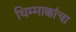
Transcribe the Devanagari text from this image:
थिम्माक्कांचा